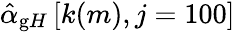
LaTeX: \hat{\alpha}_{\mathrm gH}\left[k(m),j=100\right]